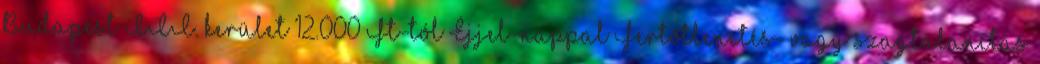
Budapest III. kerület 12.000 Ft-tól Éjjel-nappal Fertőtlenítés- vagy szagtalanítás